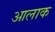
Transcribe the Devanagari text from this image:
आलाक